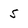
Character: 5